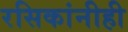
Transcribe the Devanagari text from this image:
रसिकांनीही